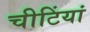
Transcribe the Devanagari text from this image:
चीटिंयां